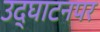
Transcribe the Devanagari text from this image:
उद्‌घाटनपर